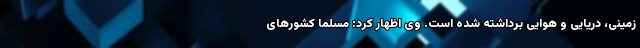
زمینی، دریایی و هوایی برداشته شده است. وی اظهار کرد: مسلماً کشورهای